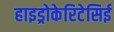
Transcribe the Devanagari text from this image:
हाइड्रोकेरिटेसिई